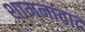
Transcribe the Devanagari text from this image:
शामनावाद